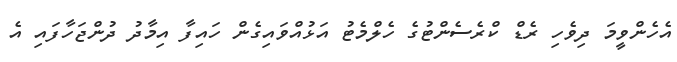
އެހެންވީމަ ދިވެހި ރެޑް ކްރެސެންޓުގެ ހެލްމެޓު އަޅުއްވައިގެން ހައިފާ އިމާދު ދުންޖަހާފައި އެ